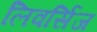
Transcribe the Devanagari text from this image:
लिवर्सिज